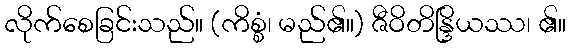
လိုက်စေခြင်းသည်။ (ကိစ္စံ၊ မည်၏။) ဇီဝိတိန္ဒြိယဿ၊ ၏။